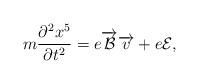
LaTeX: \begin{align*}m\frac{\partial ^{2}x^{5}}{\partial t^{2}}=e\overrightarrow{{\cal {B}}} \overrightarrow{v}+e{\cal {E}},\end{align*}